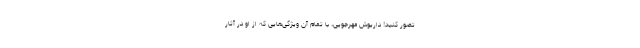
تصور کنید! داریوش مهرجویی، با تمام آن ویژگی‌هایی که از او در آثار